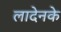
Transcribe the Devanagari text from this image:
लादेनके